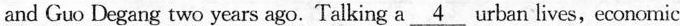
and Guo Degang two years ago. Talking a\underline{4}urban lives,economic